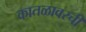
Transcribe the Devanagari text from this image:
कातळावरची